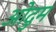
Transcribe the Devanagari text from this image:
ओदुम